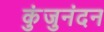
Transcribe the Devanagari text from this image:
कुंजुनंदन